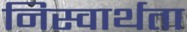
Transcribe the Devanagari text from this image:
निस्वार्थता